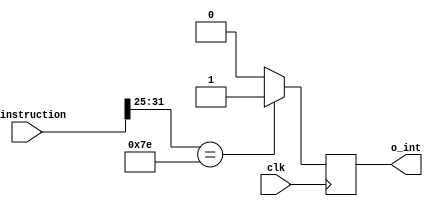
module HDU_INT (
clk,
    i_instruction,
    o_int,
);
input clk;
input [31:0] i_instruction;
output reg o_int ;

always @(negedge clk) begin
    
    // output signal
    o_int = 1'b0;

    // if INT 
    if (i_instruction[31:25] == 7'b1111110) o_int <= 1'b1;
    
end

endmodule